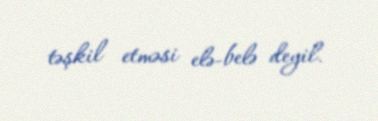
təşkil etməsi elə-belə deyil.